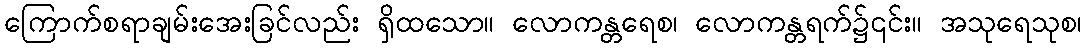
ကြောက်စရာချမ်းအေးခြင်လည်း ရှိထသော။ လောကန္တရေစ၊ လောကန္တရက်၌၎င်း။ အသုရေသုစ၊